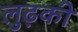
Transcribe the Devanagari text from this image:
लुढ़की